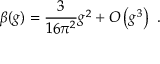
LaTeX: \beta ( g ) = { \frac { 3 } { 1 6 \pi ^ { 2 } } } g ^ { 2 } + O \left( g ^ { 3 } \right) ~ .